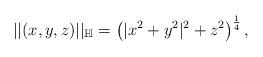
LaTeX: \begin{align*}||(x,y,z)||_{\mathbb H}=\left( |x^2+y^2|^2 +z^2 \right)^{\frac{1}{4}},\end{align*}